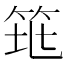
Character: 𥬻